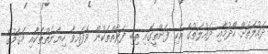
ދައުލަތަށް ހޯދުމާއި ދައުލަތުގެ އެކި ފަންތީގައި ތިބި ފަރާތްތަކުން ވެފައިވާ ހިޔާނަތްތަކާއި މަގާމުގެ